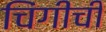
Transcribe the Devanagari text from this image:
चिंगीची